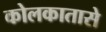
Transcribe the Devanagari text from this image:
कोलकातासे